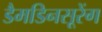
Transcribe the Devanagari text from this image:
डैमडिनसूरेंग